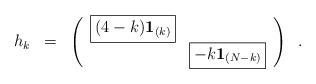
\begin{align*}\begin{array}{ccc}{h}_{k} & = & \left( \begin{array}{cc}{\rm \fbox{$(4-k){\bf 1}_{(k)} $}}& \\ &{\rm \fbox{$ -k {\bf 1}_{(N-k)}$}} \\ \end{array}\right)\\\end{array}\vspace{1.cm} \ . \end{align*}